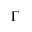
\Gamma